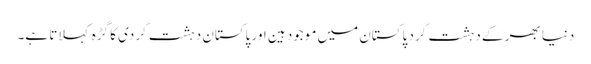
دنیا بھر کے دہشت گرد پاکستان میں موجود ہین اور پاکستان دہشت گردی کا گڑہ کہلاتا ہے۔